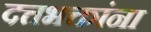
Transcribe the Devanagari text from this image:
दत्तभक्तांना